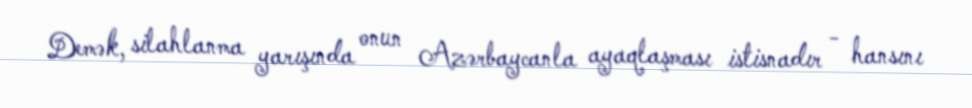
Demək, silahlanma yarışında onun Azərbaycanla ayaqlaşması istisnadır - hansını